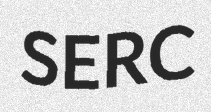
SERC